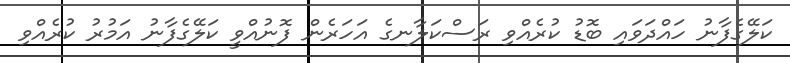
ކަލޭގެފާނު ހައްދަވައި ބޮޑު ކުރެއްވި ރަސްކަލާނގެ އަހަރެން ފޮނުއްވީ ކަލޭގެފާނު އަމުރު ކުރެއްވި